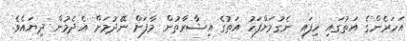
އަހަރެންގެ އަތުގައި ހިފައި ނެގުމަށްފަހު އަތުގެ އިޝާރާތުން މާފަށް ނޭދުމަށް އެދެމުން ދިޔައެވެ.